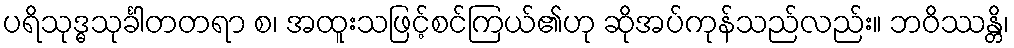
ပရိသုဒ္ဓသုင်္ခါတတရာ စ၊ အထူးသဖြင့်စင်ကြယ်၏ဟု ဆိုအပ်ကုန်သည်လည်း။ ဘဝိဿန္တိ၊